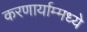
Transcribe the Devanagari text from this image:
करणार्याम्मध्ये